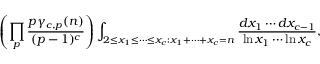
\left( \prod _ { p } { \frac { p \gamma _ { c , p } ( n ) } { ( p - 1 ) ^ { c } } } \right) \int _ { 2 \leq x _ { 1 } \leq \cdots \leq x _ { c } : x _ { 1 } + \cdots + x _ { c } = n } { \frac { d x _ { 1 } \cdots d x _ { c - 1 } } { \ln x _ { 1 } \cdots \ln x _ { c } } } ,